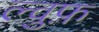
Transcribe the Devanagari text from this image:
ल्वुफ़